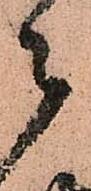
々